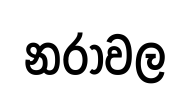
නරාවල